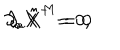
\partial _ { a } \hat { X } ^ { - } = 0 , \hspace { 1 . 0 c m } \partial _ { a } \hat { X } ^ { M } = 0